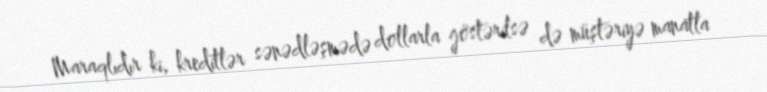
Maraqlıdır ki, kreditlər sənədləşmədə dollarla göstərilsə də müştəriyə manatla